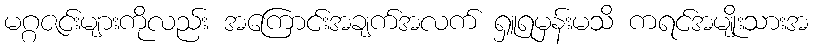
မဂ္ဂဇင်းများကိုလည်း အကြောင်းအချက်အလက် ရှူရမှန်းမသိ ကရင်အမျိုးသားအ